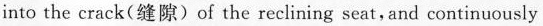
into the crack(缝隙)of the recliring seat,and continuously